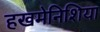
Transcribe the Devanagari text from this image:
हखमेनिशिया